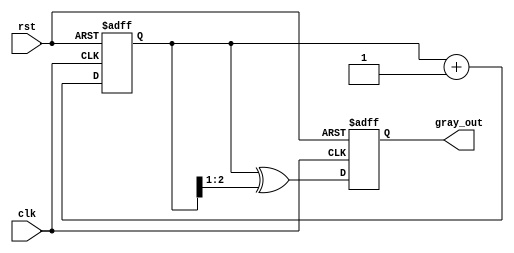
module gray_code_counter (
    input wire clk,       // Clock input
    input wire rst,       // Reset input
    output reg [N-1:0] gray_out // Gray code output
);

    parameter N = 3; // Number of bits for the counter

    // Binary counter value
    reg [N-1:0] binary_count;

    // Always block triggered on the rising edge of the clock or reset
    always @(posedge clk or posedge rst) begin
        if (rst) begin
            // Reset the counter to 0
            binary_count <= 0;
            gray_out <= 0;
        end else begin
            // Increment binary counter
            binary_count <= binary_count + 1;

            // Convert binary to Gray code
            gray_out <= binary_count ^ (binary_count >> 1);
        end
    end

endmodule